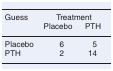
| Guess | <COLSPAN=2> Treatment |
 |  | Placebo | PTH |
 | --- | --- | --- |
 | Placebo | 6 | 5 |
 | PTH | 2 | 14 |